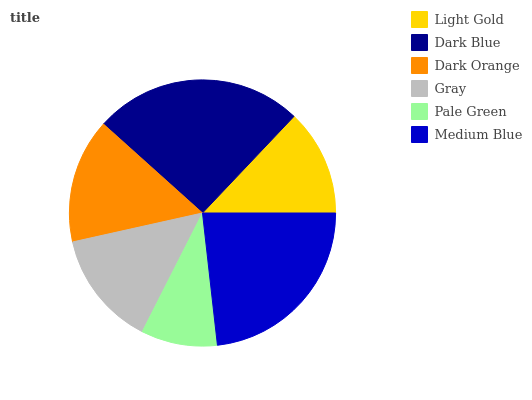
| Light Gold | Dark Blue | Dark Orange | Gray | Pale Green | Medium Blue |
 | --- | --- | --- | --- | --- | --- |
 | 12.9% | 25.4% | 15.1% | 14% | 9.26% | 23.2% |